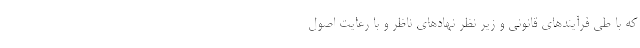
که با طی فرآیندهای قانونی و زیر نظر نهادهای ناظر و با رعایت اصول